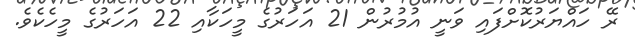
ރޭ ހައްޔަރުކޮށްފައި ވަނީ އުމުރުން 21 އަހަރުގެ މީހަކާއި 22 އަހަރުގެ މީހެކެވެ.